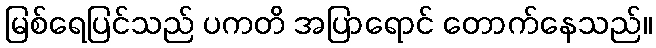
မြစ်ရေပြင်သည် ပကတိ အပြာရောင် တောက်နေသည်။